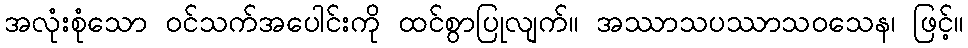
အလုံးစုံသော ဝင်သက်အပေါင်းကို ထင်စွာပြုလျက်။ အဿာသပဿာသဝသေန၊ ဖြင့်။